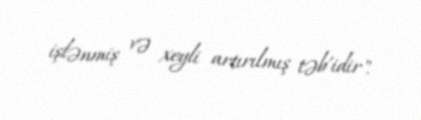
işlənmiş və xeyli artırılmış təb'idir".